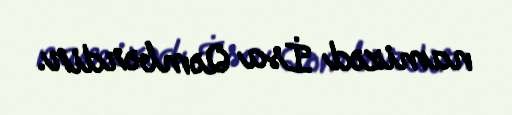
namizəd İsa Qəmbərdir.